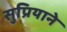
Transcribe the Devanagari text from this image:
सुप्रियाने